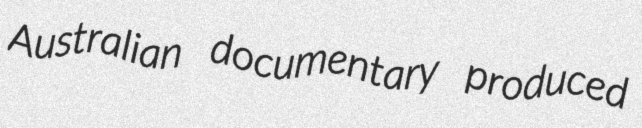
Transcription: Australian documentary produced